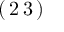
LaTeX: ( \, 2 \, 3 \, )